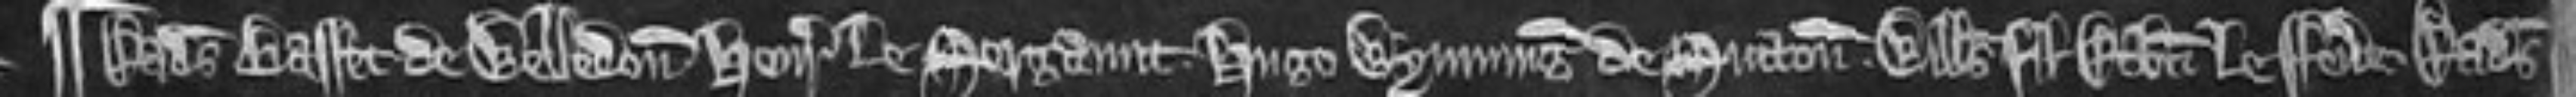
¶Radulfus Basset de Welledon. Henricus le Sergaunt. Hugo Wymming de Sutton. Willelmus filius Roberti le Fevere. Radulfus